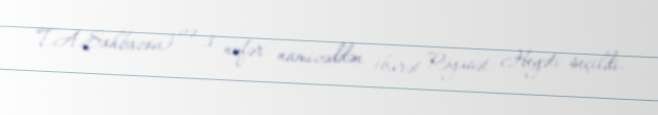
T.A.Şahbazov) və 3 nəfər namizəddən ibarət Rəyasət Heyəti seçildi.